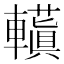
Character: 𮝮